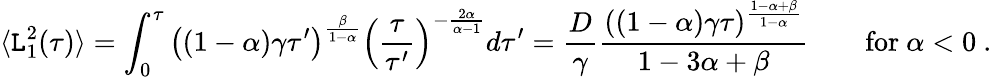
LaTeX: \langle\mathtt{L}_{1}^{2}(\tau)\rangle=\int_{0}^{\tau}\left((1-\alpha)\gamma\tau^{\prime}\right)^{\frac{{\beta}}{{1-\alpha}}}\left(\frac{{\tau}}{{\tau^{\prime}}}\right)^{-\frac{{2\alpha}}{{\alpha-1}}}d\tau^{\prime}=\frac{{D}}{{\gamma}}\frac{{((1-\alpha)\gamma\tau)^{\frac{{1-\alpha+\beta}}{{1-\alpha}}}}}{{1-3\alpha+\beta}}\qquad\mathrm{{for}}\ \alpha<0\ .